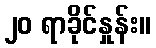
၂၀ ရာခိုင်နှုန်း။